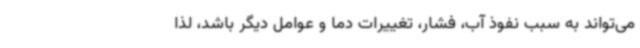
می‌تواند به سبب نفوذ آب، فشار، تغییرات دما و عوامل دیگر باشد، لذا